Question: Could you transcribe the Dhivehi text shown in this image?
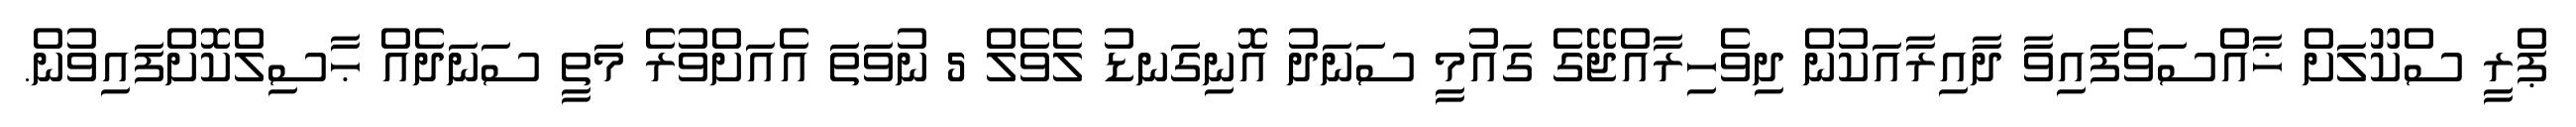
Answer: ޕްރީ ސްކޫލަށް ޚާއްސަވެފައިވާ ދާއިރާއަކުން ދިވެހިރާއްޖޭގެ ގައުމީ ސަނަދު އޮނިގަނޑު ލެވެލް 5 ނުވަތަ އެއަށްވުރެ މަތީ ސަނަދެއް ޙާސިލްކޮށްފައިވުން.